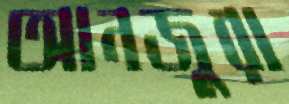
আনজুরা